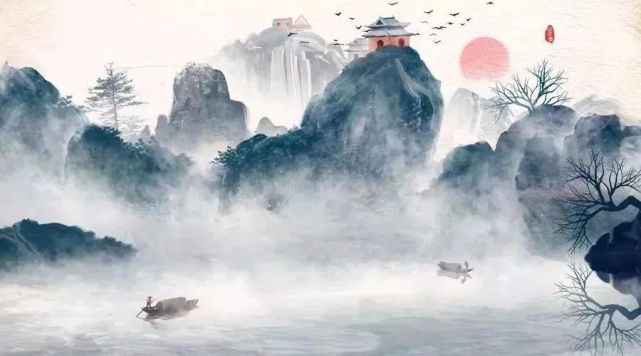
还将两行泪，遥寄海西头。